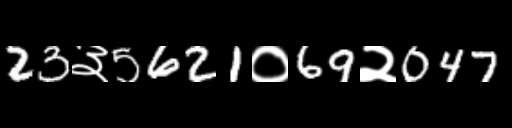
Text: 23३5621०69२047